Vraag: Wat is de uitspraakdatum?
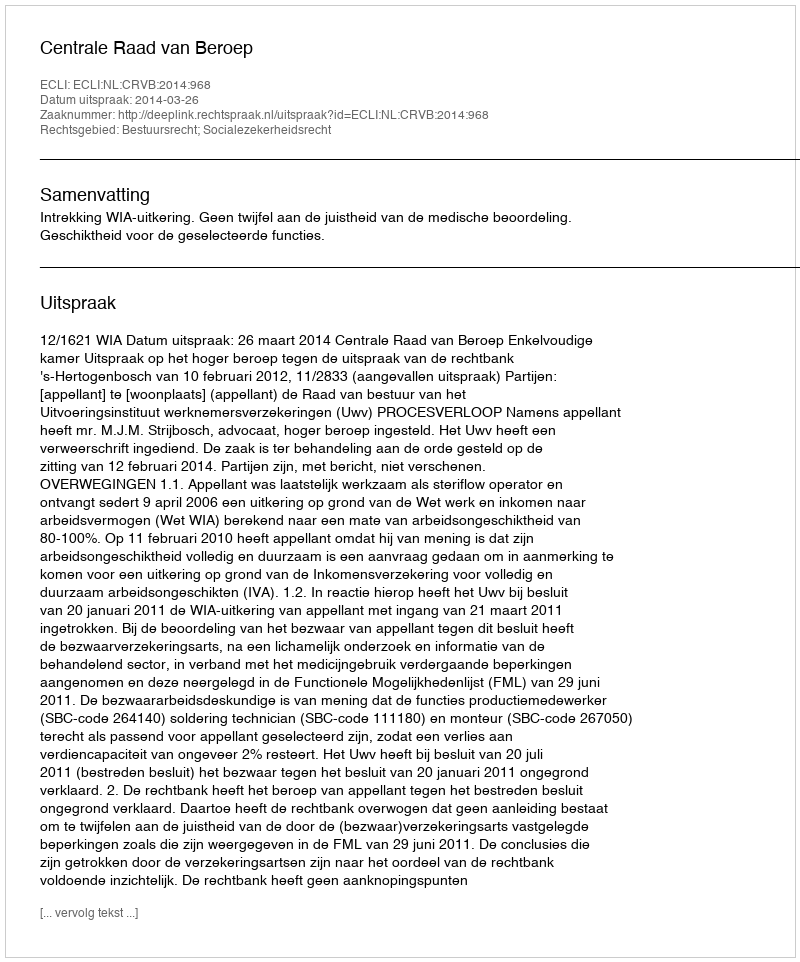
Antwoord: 2014-03-26